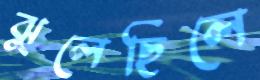
ঝুলেছিলে